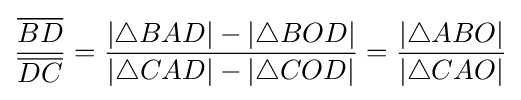
{\frac {\overline {BD}}{\overline {DC}}}={\frac {|\triangle BAD|-|\triangle BOD|}{|\triangle CAD|-|\triangle COD|}}={\frac {|\triangle ABO|}{|\triangle CAO|}}